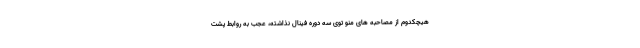
هیچکدوم از مصاحبه های منو توی سه دوره فینال نذاشته، عجب به روابط پشت